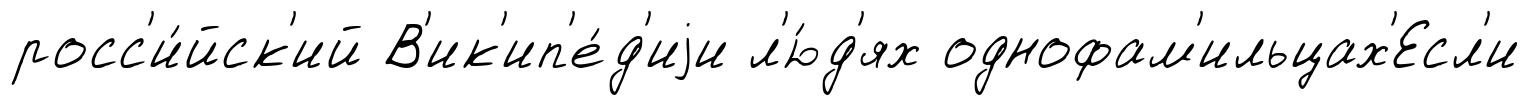
росс'и́йск'ий В'ик'ип'е́д'иjи л'ю́д'ях однофам'ильцах'Есл'и